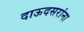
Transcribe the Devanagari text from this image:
दाऊदसरांना